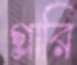
গ্লারি